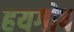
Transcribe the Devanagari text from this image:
हयगोष